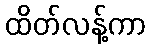
ထိတ်လန့်ကာ